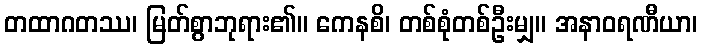
တထာဂတဿ၊ မြတ်စွာဘုရား၏။ ကေနစိ၊ တစ်စုံတစ်ဦးမျှ။ အနာဝရဏီယာ၊